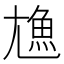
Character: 𩵛